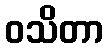
ဝသိတာ